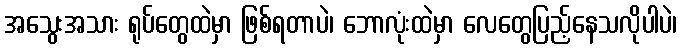
အသွေးအသား ရုပ်တွေထဲမှာ ဖြစ်ရတာပဲ၊ ဘောလုံးထဲမှာ လေတွေပြည့်နေသလိုပါပဲ၊